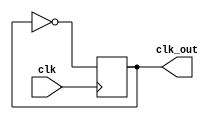
module clock_divider (
    input clk,
    output clk_out
);

reg clk_out;

initial
begin
    clk_out = 0;
end

always @(posedge clk) begin
    clk_out = ~clk_out;
end
endmodule